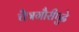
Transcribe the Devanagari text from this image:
चैत्रगौरीपुढे